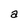
Character: a